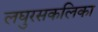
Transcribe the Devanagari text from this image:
लघुरसकलिका